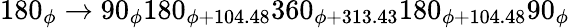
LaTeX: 180_{\phi}\rightarrow 90_{\phi}180_{\phi+104.48}360_{\phi+313.43}180_{\phi+104.48}90_{\phi}